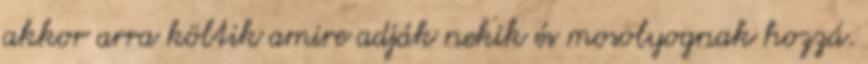
akkor arra költik amire adják nekik és mosolyognak hozzá.